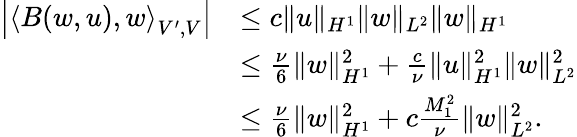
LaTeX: \begin{array}{rl}{\left\lvert\left<B(w,u),w\right>_{V^{\prime},V}\right\rvert}&{\leq c\| u\| _{H^{1}}\| w\| _{L^{2}}\| w\| _{H^{1}}}\\ &{\leq\frac{\nu}{6}\| w\| _{H^{1}}^{2}+\frac{c}{\nu}\| u\| _{H^{1}}^{2}\| w\| _{L^{2}}^{2}}\\ &{\leq\frac{\nu}{6}\| w\| _{H^{1}}^{2}+c\frac{M_{1}^{2}}{\nu}\| w\| _{L^{2}}^{2}.}\end{array}